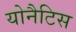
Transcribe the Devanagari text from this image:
योनैटिस